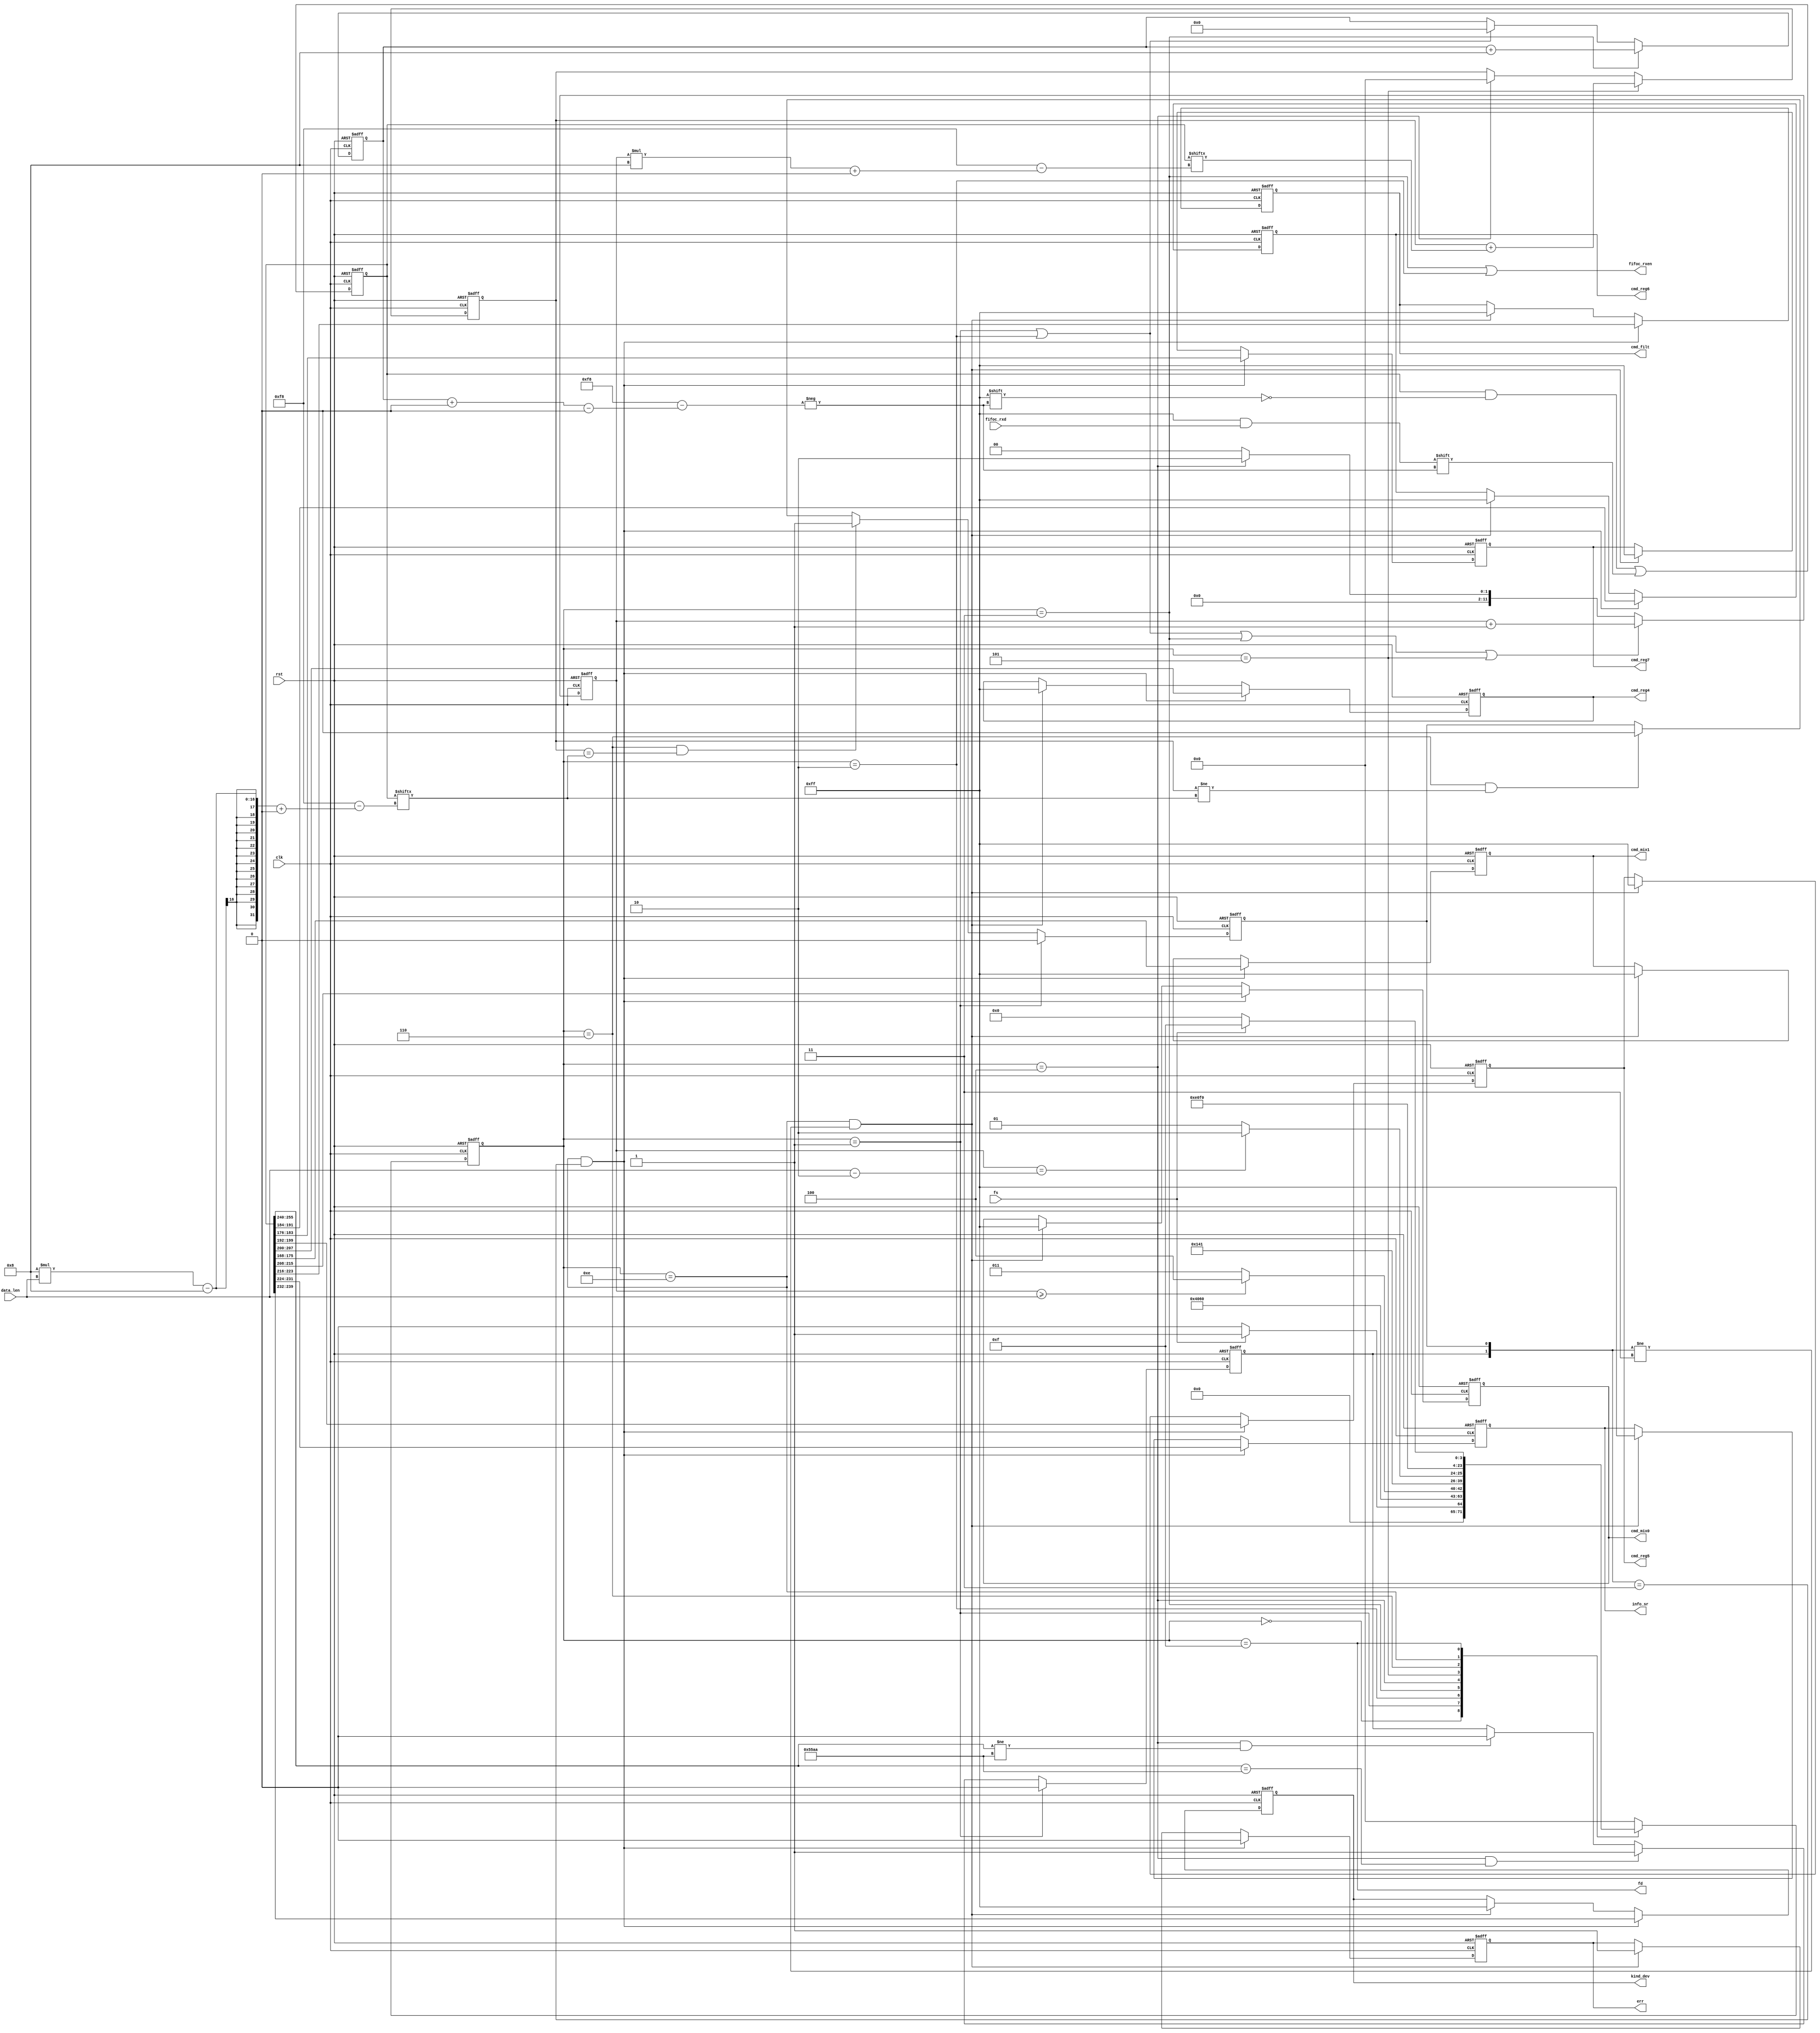
module fifoc2cs ( // WRITE_DONE
    input clk,
    input rst,
    output reg err,

    input fs,
    output fd,

    output fifoc_rxen,
    input [7:0] fifoc_rxd,
    input [11:0] data_len,
    output reg [7:0] kind_dev,

    output reg [7:0] info_sr, // SAMPLE_RATE
    output reg [7:0] cmd_filt,
    output reg [7:0] cmd_mix0,
    output reg [7:0] cmd_mix1,
    output reg [7:0] cmd_reg4,
    output reg [7:0] cmd_reg5,
    output reg [7:0] cmd_reg6,
    output reg [7:0] cmd_reg7
);

    parameter NUM_LEN = 4'hC;

    reg [7:0] check;
    reg [11:0] fifo_num, addr;
    wire [1:0] judge;
    reg ju1, ju0;
    reg [0:255] cache;
    reg [7:0] state, next_state;
    localparam IDLE = 8'h00, PRE0 = 8'h01, PRE1 = 8'h02, WORK = 8'h03;
    localparam CHK0 = 8'h04, PREC = 8'h05, CHK1 = 8'h06;
    localparam EVAC = 8'h0E, LAST = 8'h0F;

    assign fd = (state == LAST);
    assign fifoc_rxen = (state == WORK || state == PRE1);
    assign judge = {ju1, ju0};

    always@(posedge clk or posedge rst)begin // next_state => state
        if(rst)begin
            // state <= IDLE;
            state <= IDLE;
        end
        else begin
            state <= next_state;
        end
    end

    always@(*) begin // state 
        case(state) 
            IDLE: begin
                if(fs) next_state <= PRE0;
                else next_state <= IDLE;
            end
            PRE0: begin
                next_state <= PRE1;
            end
            PRE1: begin
                next_state <= WORK;
            end
            WORK: begin
                if(fifo_num >= data_len) next_state <= CHK0;
                else next_state <= WORK;
            end
            CHK0: begin
                next_state <= PREC;
            end
            PREC: begin
                if(fifo_num == data_len - 2'h2) next_state <= CHK1;
                else next_state <= PREC;
            end
            CHK1: begin
                next_state <= EVAC;
            end
            EVAC: begin
                next_state <= LAST;
            end
            LAST: begin
                if(fs == 1'b0) next_state <= IDLE;
                else next_state <= LAST;
            end
            default: next_state <= IDLE;
        endcase
    end

    always @(posedge clk or posedge rst) begin
        if(rst) ju1 <= 1'b0;
        else if(state == PRE0) ju1 <= 1'b0;
        else if(state == CHK0 && cache[0:15] == 16'h55AA) ju1 <= 1'b1;
        else if(state == CHK0 && cache[0:15] != 16'h55AA) ju1 <= 1'b0;
        else ju1 <= ju1;
    end

    always @(posedge clk or posedge rst) begin
        if(rst) ju0 <= 1'b0;
        else if(state == PRE0) ju0 <= 1'b0;
        else if(state == CHK1 && check == cache[8*data_len-8 +: 8]) ju0 <= 1'b1;
        else if(state == CHK1 && check != cache[8*data_len-8 +: 8]) ju0 <= 1'b0;
        else ju0 <= ju0;
    end

    always @(posedge clk or posedge rst) begin
        if(rst) check <= 8'h00;
        else if(state == PREC) check <= check + cache[fifo_num*8 +: 8];
        else if(state == CHK0) check <= 8'h00;
        else check <= check;
    end

    always@(posedge clk or posedge rst) begin
        if(rst) err <= 1'b0;
        else if(state == EVAC && judge == 2'b11) err <= 1'b0;
        else if(state == EVAC && judge != 2'b11) err <= 1'b1;
        else err <= err;
    end
    
    always @(posedge clk or posedge rst) begin
        if(rst) begin
            {kind_dev, info_sr, cmd_filt, 
             cmd_mix0, cmd_reg4, cmd_reg5, 
             cmd_reg6, cmd_reg7, cmd_mix1} <= 72'h000000_000000_000000;
        end
        else if(state == EVAC && judge == 2'b11) begin
            {kind_dev, info_sr, cmd_filt, 
             cmd_mix0, cmd_reg4, cmd_reg5, 
             cmd_reg6, cmd_reg7, cmd_mix1} <= cache[16:87];
        end
        else if(state == EVAC && judge != 2'b11) begin
            {kind_dev, info_sr, cmd_filt, 
             cmd_mix0, cmd_reg4, cmd_reg5, 
             cmd_reg6, cmd_reg7, cmd_mix1} <= 72'hFFFFFF_FFFFFF_FFFFFF;
        end
        else begin
            kind_dev <= kind_dev;
            info_sr <= info_sr;
            cmd_filt <= cmd_filt;
            cmd_mix0 <= cmd_mix0;
            cmd_mix1 <= cmd_mix1;
            cmd_reg4 <= cmd_reg4;
            cmd_reg5 <= cmd_reg5;
            cmd_reg6 <= cmd_reg6;
            cmd_reg7 <= cmd_reg7;
        end
    end

    always @(posedge clk or posedge rst) begin
        if(rst) begin
            addr <= 12'h0;
        end
        else if(state == WORK) begin
            addr <= addr + 4'h8;
        end
        else if(state == PRE0 || state == PRE1)begin
            addr <= 12'h0;
        end
        else begin
            addr <= addr;
        end
    end

    always @(posedge clk or posedge rst) begin
        if(rst) cache <= 256'h0;
        else cache[addr +: 8] <= fifoc_rxd;
    end

    always @(posedge clk or posedge rst) begin
        if(rst) begin
            fifo_num <= 12'h000;
        end
        else if(state == PRE0 || state == PRE1 || state == WORK || state == PREC) begin
            fifo_num <= fifo_num + 1'b1;
        end
        else if(state == CHK0) begin
            fifo_num <= 12'h002;
        end
        else begin
            fifo_num <= 12'h000;
        end
    end


endmodule